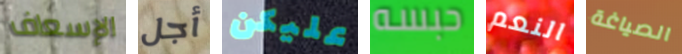
الإسعاف أجل عليكن حبسه النعم الصياغة